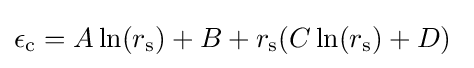
\epsilon _{\rm {c}}=A\ln(r_{\rm {s}})+B+r_{\rm {s}}(C\ln(r_{\rm {s}})+D)\